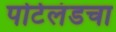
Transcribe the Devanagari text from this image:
पोर्टलंडचा